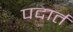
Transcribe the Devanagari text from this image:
पदार्त